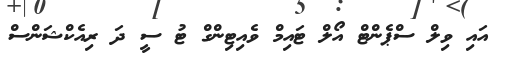
އައި ވިލް ސްޕެންޓް އޯލް ޓައިމް ވެއިޓިންގް ޓު ސީ ދަ ރިއެކްޝަންސް